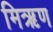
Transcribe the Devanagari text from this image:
मिऋण